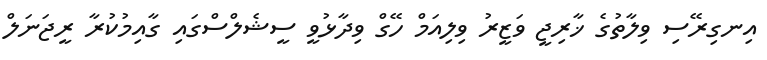
އިނގިރޭސި ވިލާތުގެ ޚާރިޖީ ވަޒީރު ވިލިއަމް ހޭގް ވިދާޅުވީ ސީޝެލްސްގައި ގާއިމުކުރާ ރީޖަނަލް